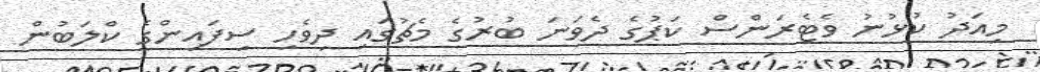
މިއަދު ކުޅުނު ވެޓެރަންސް ކަޕުގެ ދެވަނަ ބުރުގެ މެޗުގައި ދިވެހި ސިފައިންގެ ކްލަބުން